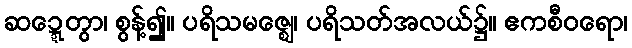
ဆဍ္ဍေတွာ၊ စွန့်၍။ ပရိသမဇ္ဈေ၊ ပရိသတ်အလယ်၌။ ဧကစီဝရော၊